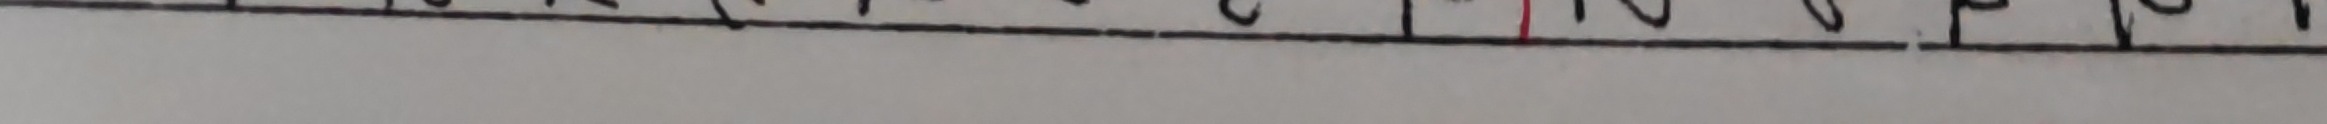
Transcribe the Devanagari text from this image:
त थ द ध न प फ ब भ म य र ल व श ष स ह क्ष त्र ज्ञ